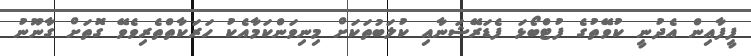
ފީފާއިން އެދުނީ ކުވޭތުގެ ފުޓްބޯޅަ ފެޑަރޭޝަނާއި ކުލަބުތަކަށް މިނިވަންކަމާއެކު ހަރަކާތްތެރިވެވޭ ގޮތަށް ގާނޫނު